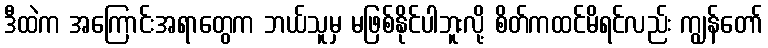
ဒီထဲက အကြောင်းအရာတွေက ဘယ်သူမှ မဖြစ်နိုင်ပါဘူးလို့ စိတ်ကထင်မိရင်လည်း ကျွန်တော်